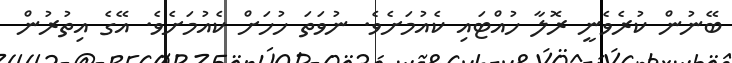
ބޭނުން ކުރެވެނީ ރޮލާ ހުއްޓައި ކެއުމަށެވެ. ނުވަތަ ހުހަށް ކެއުމަށެވެ. އޭގެ އިތުރުން